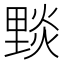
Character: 𨤮